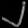
Digit: ၂